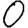
Digit: 0